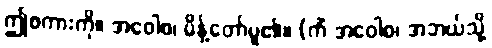
ဤစကားကို။ အဝေါစ၊ မိန့်တော်မူ၏။ (ကိံ အဝေါစ၊ အဘယ်သို့